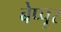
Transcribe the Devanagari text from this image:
बेप्पूर